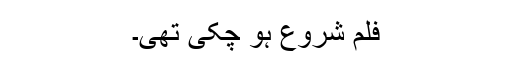
فلم شروع ہو چکی تھی۔